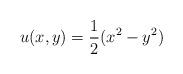
LaTeX: \begin{align*}u(x,y) = \frac{1}{2} (x^2-y^2)\end{align*}